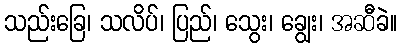
သည်းခြေ၊ သလိပ်၊ ပြည်၊ သွေး၊ ချွေး၊ အဆီခဲ။